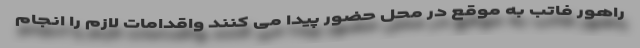
راهور فاتب به موقع در محل حضور پیدا می کنند واقدامات لازم را انجام